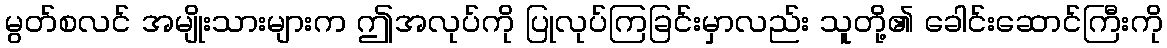
မွတ်စလင် အမျိုးသားများက ဤအလုပ်ကို ပြုလုပ်ကြခြင်းမှာလည်း သူတို့၏ ခေါင်းဆောင်ကြီးကို